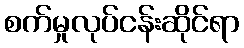
စက်မှုလုပ်ငန်းဆိုင်ရာ